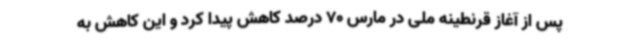
پس از آغاز قرنطینه ملی در مارس 70 درصد کاهش پیدا کرد و این کاهش به